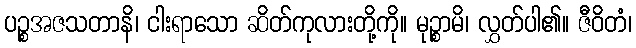
ပဉ္စအဇသတာနိ၊ ငါးရာသော ဆိတ်ကုလားတို့ကို။ မုဉ္စာမိ၊ လွှတ်ပါ၏။ ဇီဝိတံ၊